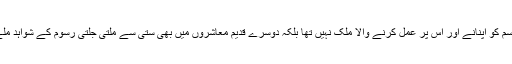
دل چسپ بات یہ ہے کہ ہندوستان اکیلا ہی اس رسم کو اپنانے اور اس پر عمل کرنے والا ملک نہیں تھا بلکہ دوسرے قدیم معاشروں میں بھی ستی سے ملتی جلتی رسوم کے شواہد ملے ہیں جیسے مصری، یونانی اور سیتھی تہذیبیں۔